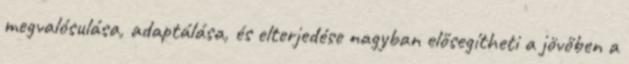
megvalósulása, adaptálása, és elterjedése nagyban elősegítheti a jövőben a